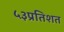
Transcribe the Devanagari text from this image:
५३प्रतिशत